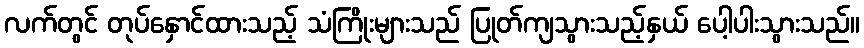
လက်တွင် တုပ်နှောင်ထားသည့် သံကြိုးများသည် ပြုတ်ကျသွားသည့်နှယ် ပေါ့ပါးသွားသည်။